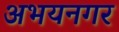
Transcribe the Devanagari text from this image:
अभयनगर